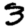
Digit: 3